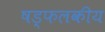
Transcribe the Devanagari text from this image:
षड्फलकीय